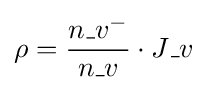
\rho ={\frac {n\_v^{-}}{n\_v}}\cdot J\_v